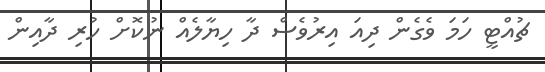
ޗުއްޓީ ހަމަ ވެގެން ދިއަ އިރުވެސް ދާ ހިޔާލެއް ނުކޮށް ހުރި ދާއިން